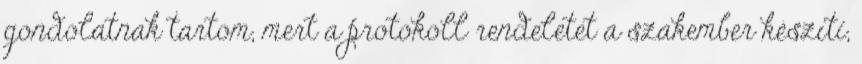
gondolatnak tartom, mert a protokoll rendeletet a szakember készíti,